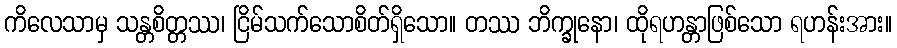
ကိလေသာမှ သန္တစိတ္တဿ၊ ငြိမ်သက်သောစိတ်ရှိသော။ တဿ ဘိက္ခုနော၊ ထိုရဟန္တာဖြစ်သော ရဟန်းအား။